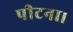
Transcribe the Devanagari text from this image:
पीटना।